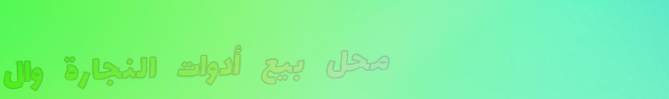
محل بيع أدوات النجارة وال